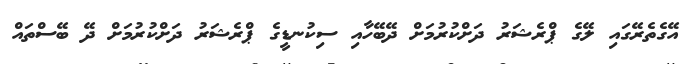
އޭގެތެރޭގައި ލޭގެ ޕްރެޝަރު ދަށްކުރުމަށް ދޭބޭހާއި ސިކުނޑީގެ ޕްރެޝަރު ދަށްކުރުމަށް ދޭ ބޭސްތައް